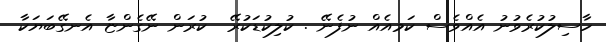
ހާސިލުކުރެވުނު އެއްވެސް ކަމއެއް ނުފެނޭ . ކުލިކުޑަކުރޭ  ކުރަން ނޭގެންޏާ އެނގޭބަޔަކާ